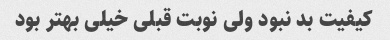
کیفیت بد نبود ولی نوبت قبلی خیلی بهتر بود